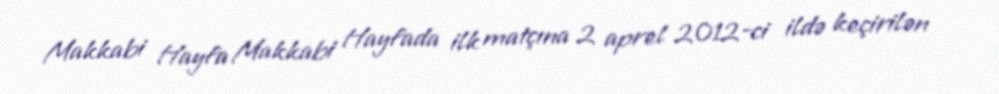
Makkabi Hayfa Makkabi Hayfada ilk matçına 2 aprel 2012-ci ildə keçirilən